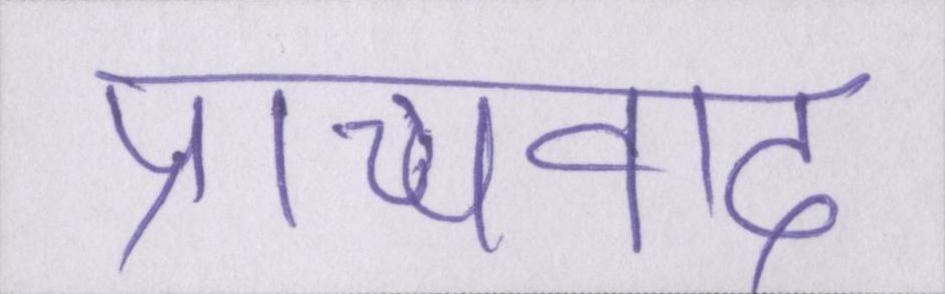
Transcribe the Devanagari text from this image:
प्राच्यवाद